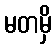
မတမှိ